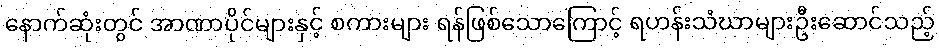
နောက်ဆုံးတွင် အာဏာပိုင်များနှင့် စကားများ ရန်ဖြစ်သောကြောင့် ရဟန်းသံဃာများဦးဆောင်သည့်